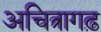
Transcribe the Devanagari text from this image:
अचित्रागढ़